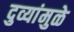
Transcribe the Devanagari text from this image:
दुव्यांमुळे